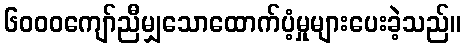
၆၀၀၀ကျော်ညီမျှသောထောက်ပံ့မှုများပေးခဲ့သည်။